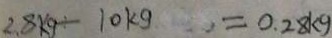
2 . 8 k g \div 1 0 k g = 0 . 2 8 k g